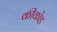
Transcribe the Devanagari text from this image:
कीकोड